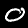
Label: 0